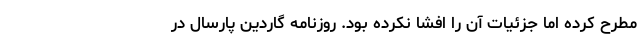
مطرح کرده اما جزئیات آن را افشا نکرده بود. روزنامه گاردین پارسال در